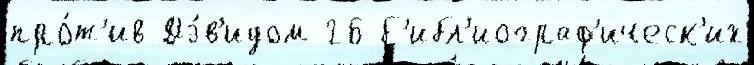
про́т'ив Дэ́в'идом 26 б'ибл'иограф'ическ'их